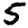
Digit: 5